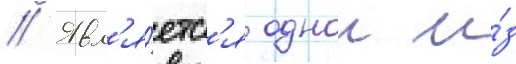
// Явл'я́етс'я однои и́з